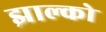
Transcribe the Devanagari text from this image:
झाल्को